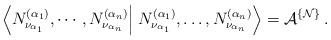
\begin{align*}\left\langle N^{(\alpha_1)}_{\nu_{\alpha_1}},\cdots,N^{(\alpha_n)}_{\nu_{\alpha_n}}\right\vert \left.N^{(\alpha_1)}_{\nu_{\alpha_1}},\dots,N^{(\alpha_n)}_{\nu_{\alpha_n}}\right\rangle={\cal A}^{\{{\cal N}\}}\,.\end{align*}